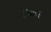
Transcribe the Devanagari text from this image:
८७०१